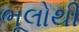
ભૂલોથી